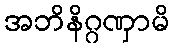
အဘိနိဂ္ဂဏှာမိ